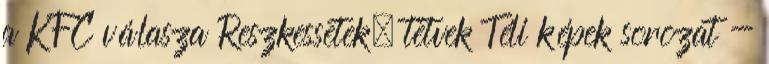
a KFC válasza Reszkessetek, tetvek Téli képek sorozat -